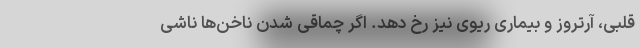
قلبی، آرتروز و بیماری ریوی نیز رخ دهد. اگر چماقی شدن ناخن‌ها ناشی